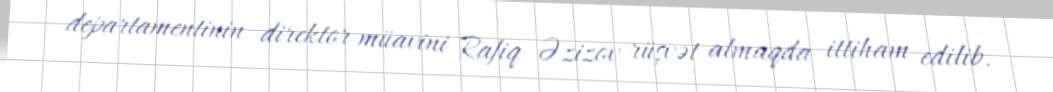
departamentinin direktor müavini Rafiq Əzizov rüşvət almaqda ittiham edilib.